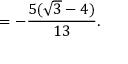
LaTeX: = - { \frac { 5 ( { \sqrt { 3 } } - 4 ) } { 1 3 } } .